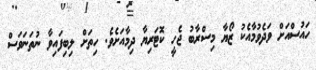
ހައުސްއަށް ވަދެވުމާއެކު ޒޯޔާ މިސްރާބު ޖެހީ ކޮޓަރިޔާ ދިމާއަށެވެ. ހިތަށް ލިބިފައިވާ ނުތަނަވަސް